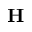
\mathbf { H }